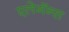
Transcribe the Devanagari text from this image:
एलेगॅन्स